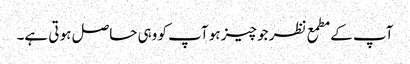
آپ کے مطمع نظر جو چیز ہو آپ کو وہی حاصل ہو تی ہے۔